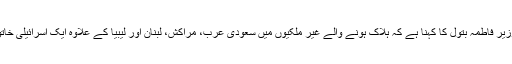
خاندانی امور کی ترک وزیر فاطمہ بتول کا کہنا ہے کہ ہلاک ہونے والے غیر ملکیوں میں سعودی عرب، مراکش، لبنان اور لیبیا کے علاوہ ایک اسرائیلی خاتون شہری بھی شامل ہیں۔